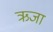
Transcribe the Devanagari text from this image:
ऋजा